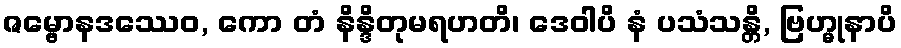
ဇမ္ဗောနဒဿေဝ, ကော တံ နိန္ဒိတုမရဟတိ၊ ဒေဝါပိ နံ ပသံသန္တိ, ဗြဟ္မုနာပိ